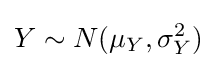
Y\sim N(\mu _{Y},\sigma _{Y}^{2})